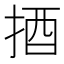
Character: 𢭳